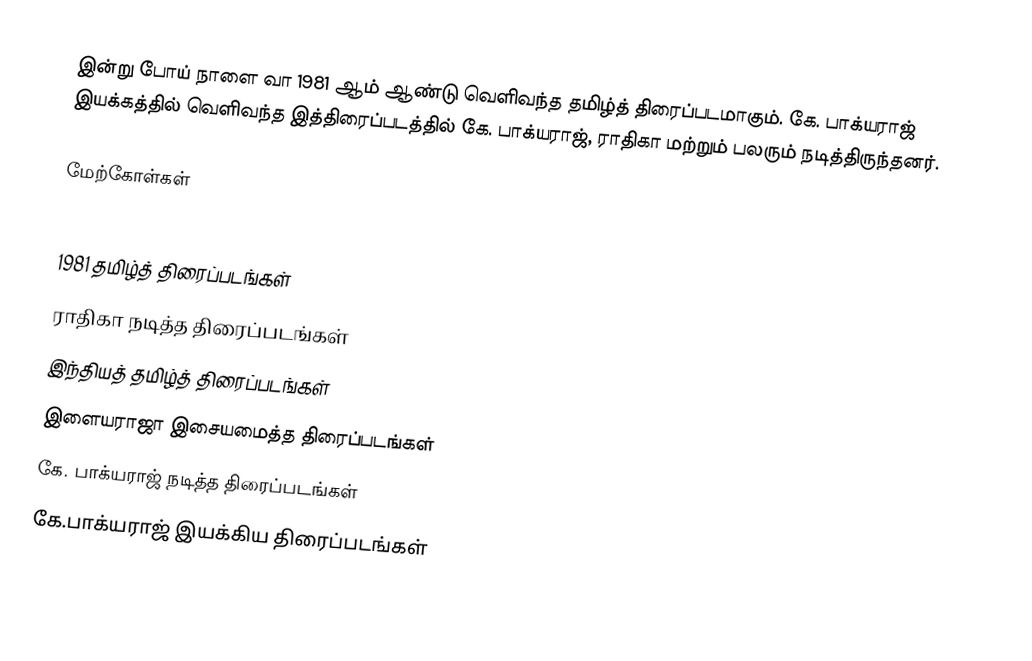
இன்று போய் நாளை வா 1981 ஆம் ஆண்டு வெளிவந்த தமிழ்த் திரைப்படமாகும். கே. பாக்யராஜ் இயக்கத்தில் வெளிவந்த இத்திரைப்படத்தில் கே. பாக்யராஜ், ராதிகா மற்றும் பலரும் நடித்திருந்தனர்.

மேற்கோள்கள்

1981 தமிழ்த் திரைப்படங்கள்
ராதிகா நடித்த திரைப்படங்கள்
இந்தியத் தமிழ்த் திரைப்படங்கள்
இளையராஜா இசையமைத்த திரைப்படங்கள்
கே. பாக்யராஜ் நடித்த திரைப்படங்கள்
கே.பாக்யராஜ் இயக்கிய திரைப்படங்கள்